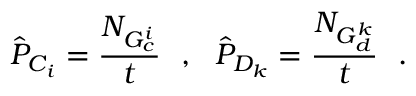
\hat { P } _ { C _ { i } } = \frac { N _ { G _ { c } ^ { i } } } { t } ~ ~ , ~ ~ \hat { P } _ { D _ { k } } = \frac { N _ { G _ { d } ^ { k } } } { t } ~ ~ .